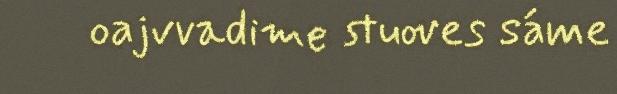
oajvvadime stuoves sáme